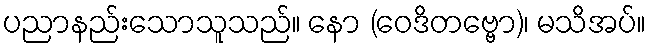
ပညာနည်းသောသူသည်။ နော (ဝေဒိတဗ္ဗော)၊ မသိအပ်။